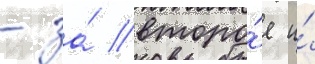
- за́ второ́е и́